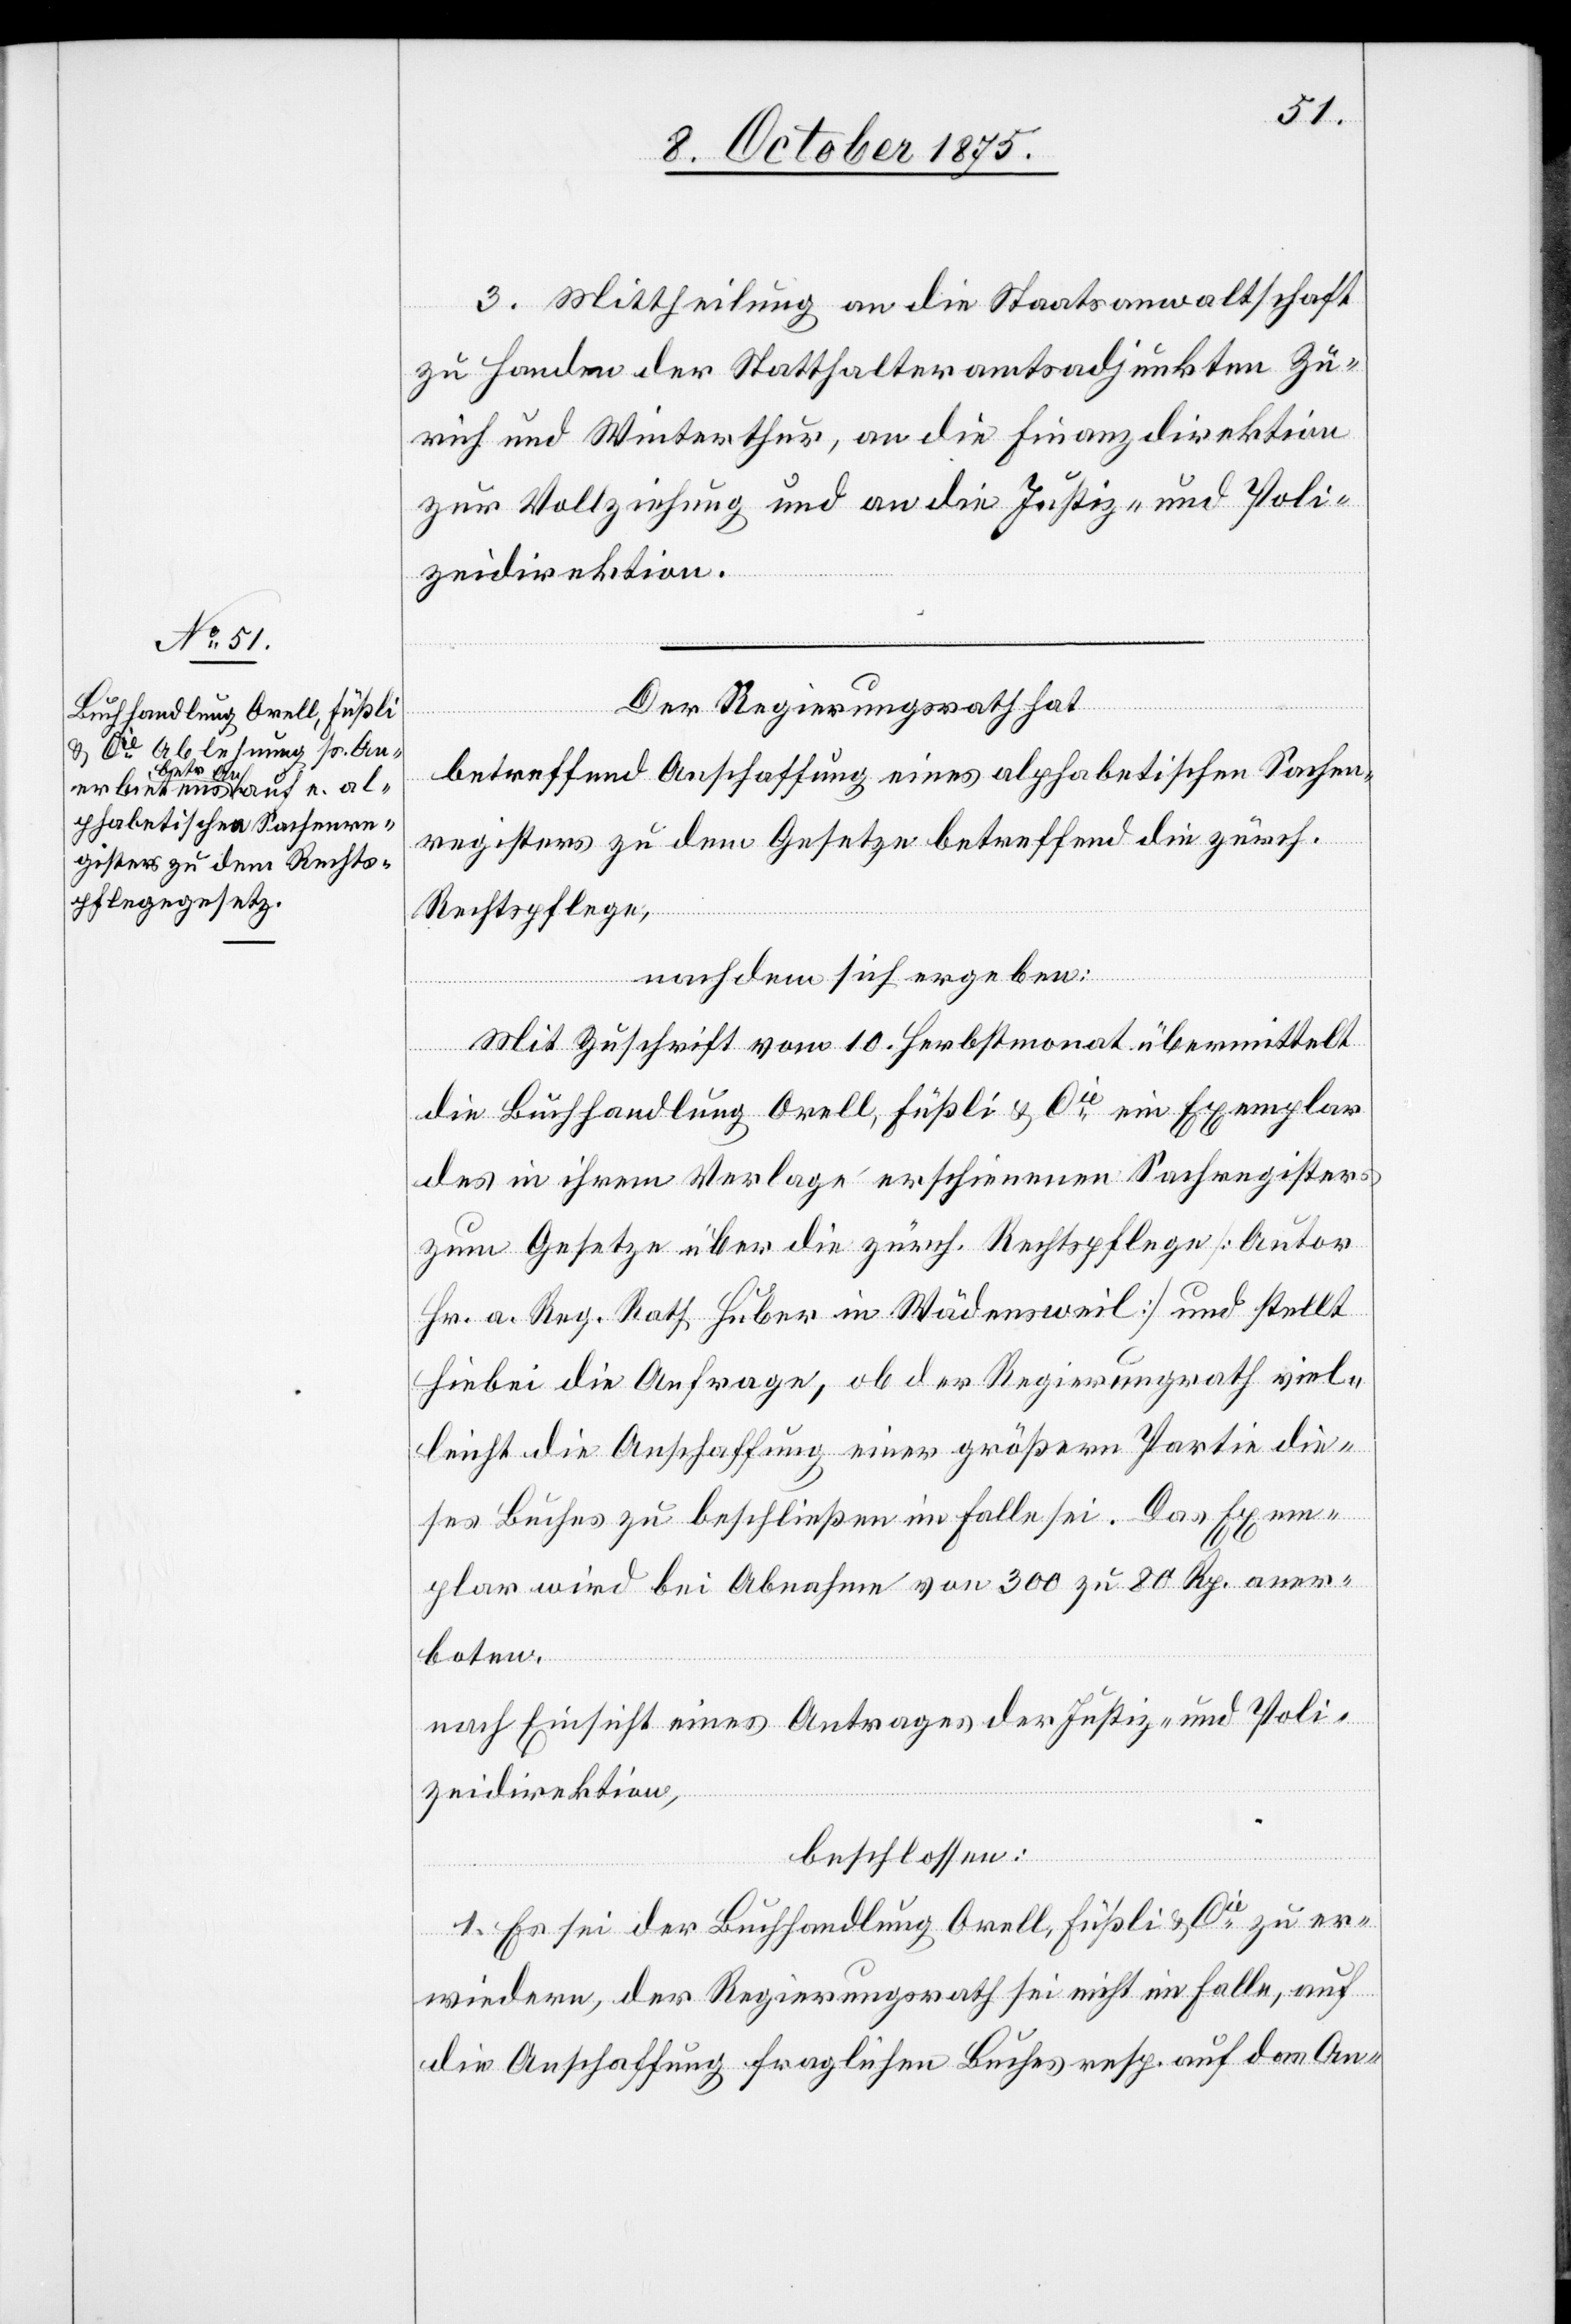
3. Mittheilung an die Staatsanwaltschaft
zu Handen der Statthalteramtsadjunkten Zü¬
rich und Winterthur, an die Finanzdirektion
zur Vollziehung und an die Justiz- und Poli¬
zeidirektion.
Der Regierungsrath hat,
betreffend Anschaffung eines alphabetischen Sachen¬
registers zu dem Gesetze betreffend die zürch.
Rechtspflege,
nachdem sich ergeben:
Mit Zuschrift vom 10. Herbstmonat übermittelt
die Buchhandlung Orell, Füßli & Cie ein Exemplar
des in ihrem Verlage erschienenen Sachregisters
zum Gesetze über die zürch. Rechtspflege [Autor
Hr. a. Reg. Rath Huber in Wädensweil] und stellt
hiebei die Anfrage, ob der Regierungsrath viel¬
leicht die Anschaffung einer größern Partie die¬
ses Buches zu beschließen im Falle sei. Das Exem¬
plar wird bei Abnahme von 300 zu 80 Rp. aner¬
boten,
nach Einsicht eines Antrages der Justiz- und Poli¬
zeidirektion,
beschlossen:
1. Es sei der Buchhandlung Orell, Füßli & Cie zu er¬
wiedern, der Regierungsrath sei nicht im Falle, auf
die Anschaffung fraglichen Buches resp. auf das An-